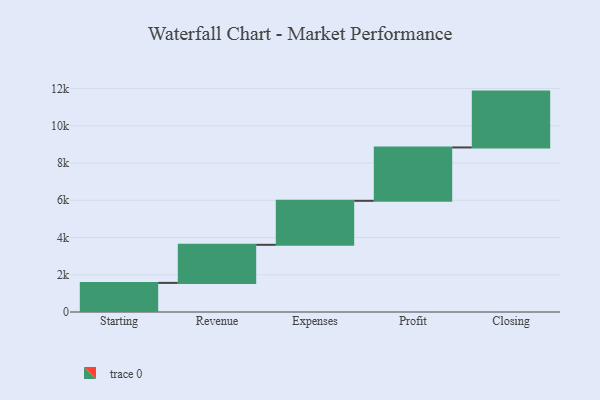
{"axis": {"x": "Step", "y": "Value"}, "legend": [""], "data": [{"x": "Starting", "y": 1564.0, "type": ""}, {"x": "Revenue", "y": 2045.0, "type": ""}, {"x": "Expenses", "y": 2363.0, "type": ""}, {"x": "Profit", "y": 2866.0, "type": ""}, {"x": "Closing", "y": 3000, "type": ""}]}